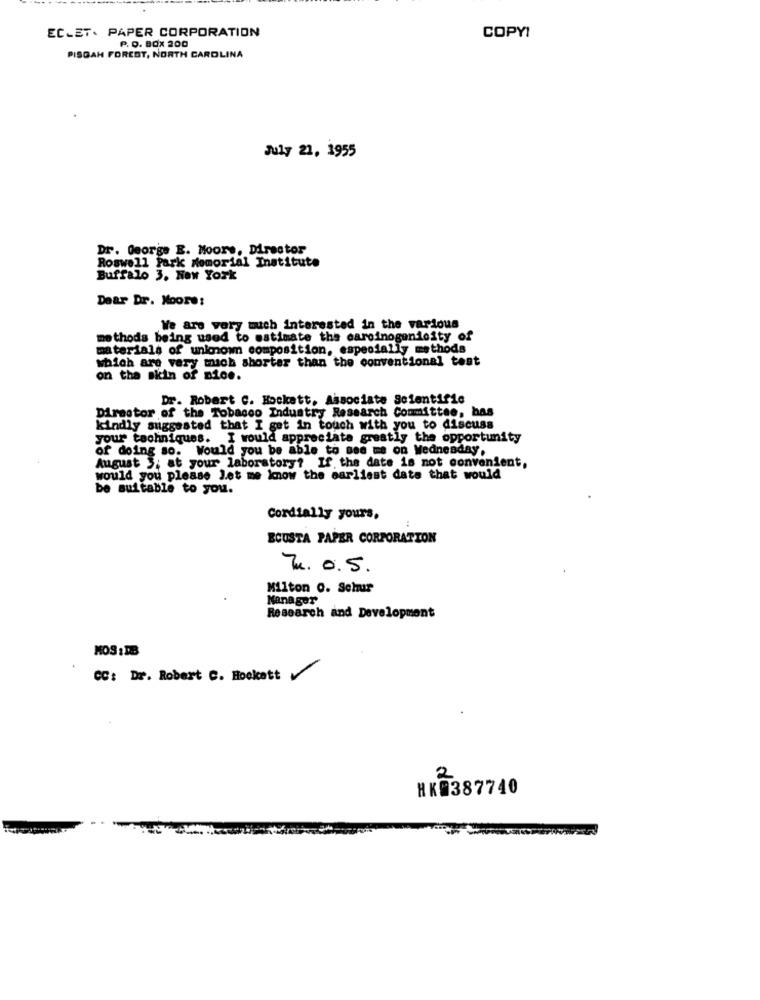
ECLET. PAPER CORPORATION
P. O. BOX 200
COPYI
PISGAH FOREST, NORTH CAROLINA
July 21, 1955
Dr. George E. Moore, Director
Roswell Park Memorial Institute
Buffalo 3. New York
Dear Dr. Moore:
We are very much interested in the various
methods being used to estimate the carcinogenicity of
materials of unionown composition, especially methods
which are very much shorter than the conventional test
on tha skin of nice.
Dr. Robert C. Hockatt. Associate Scientific
Director of the Tobacco Industry Research Committee, bas
kindly suggested that I get in touch with you to discuss
your tachniques. I would appreciate greatly the opportunity
of doing so. Would you be able to see me on Wednesday,
August 5; at your laboratory? If. the date is not convenient,
would you please let me know the earliest date that would
be suitable to you.
Cordially yours.
ECUSTA PAPER CORPORATION
Zu. 0.5.
Milton 0. Sehur
Manager
Research and Development
MOS :IB
CC: Dr. Robert C. Hookcett
HK0387740